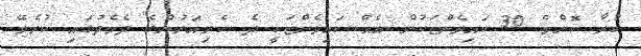
ކުރާ ކޮންމެ 30 ކައިވެންޏަކުން އެއް ކައިވެންޏަކީ ދެ ކެރިއަަރުންގެ ދެމެދުގައި ކުރެވޭ